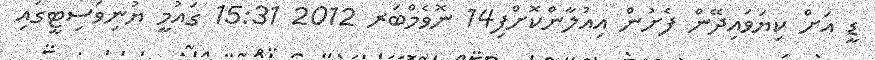
ޑީ އަށް ކިޔަވައިދޭން ފެށުން އިއުލާންކޮށްފި14 ނޮވެމްބަރ 2012 15:31 ގައުމީ ޔުނިވަސިޓީގައި